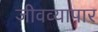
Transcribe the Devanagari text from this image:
जीवव्यापार